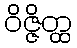
ဝိဇ္ဇိတ္ထ